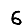
Digit: 6